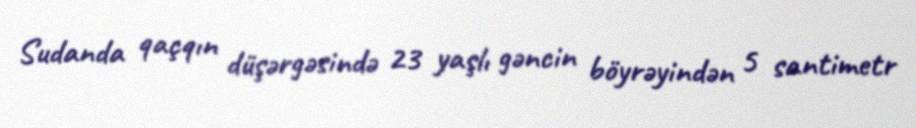
Sudanda qaçqın düşərgəsində 23 yaşlı gəncin böyrəyindən 5 santimetr